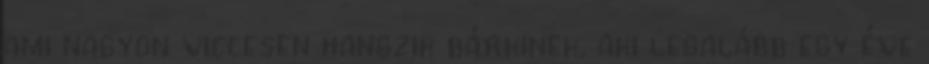
ami nagyon viccesen hangzik bárkinek, aki legalább egy éve